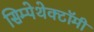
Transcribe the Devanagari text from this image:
सिम्पेथेक्टॉमी